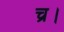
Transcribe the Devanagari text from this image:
च्र।